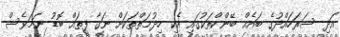
އަދި ސަރަހައްދުގެ ބައެއް ބޭންކްތަކުގައި އެކި ހިދުމަތްތަކަށް ނަގާ ފީތައް ބޮޑު ނަމަވެސް